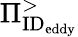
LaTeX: \Pi_{\textrm{ID}_{\textrm{eddy}}}^{>}